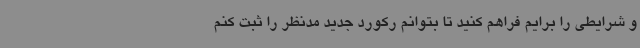
و شرایطی را برایم فراهم کنید تا بتوانم رکورد جدید مدنظر را ثبت کنم